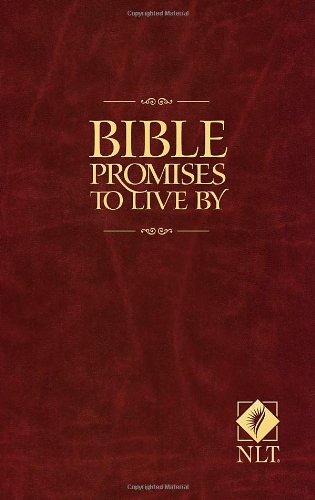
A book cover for Bible Promises to Live By; Ronald A. Beers; Christian Books & Bibles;